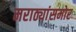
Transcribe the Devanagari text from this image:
मराठ्यांसमोर